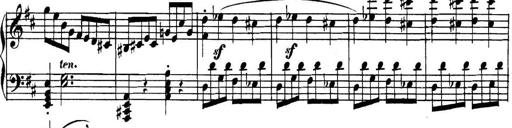
Title: Collected Piano Sonatas
Composer: Muzio Clementi